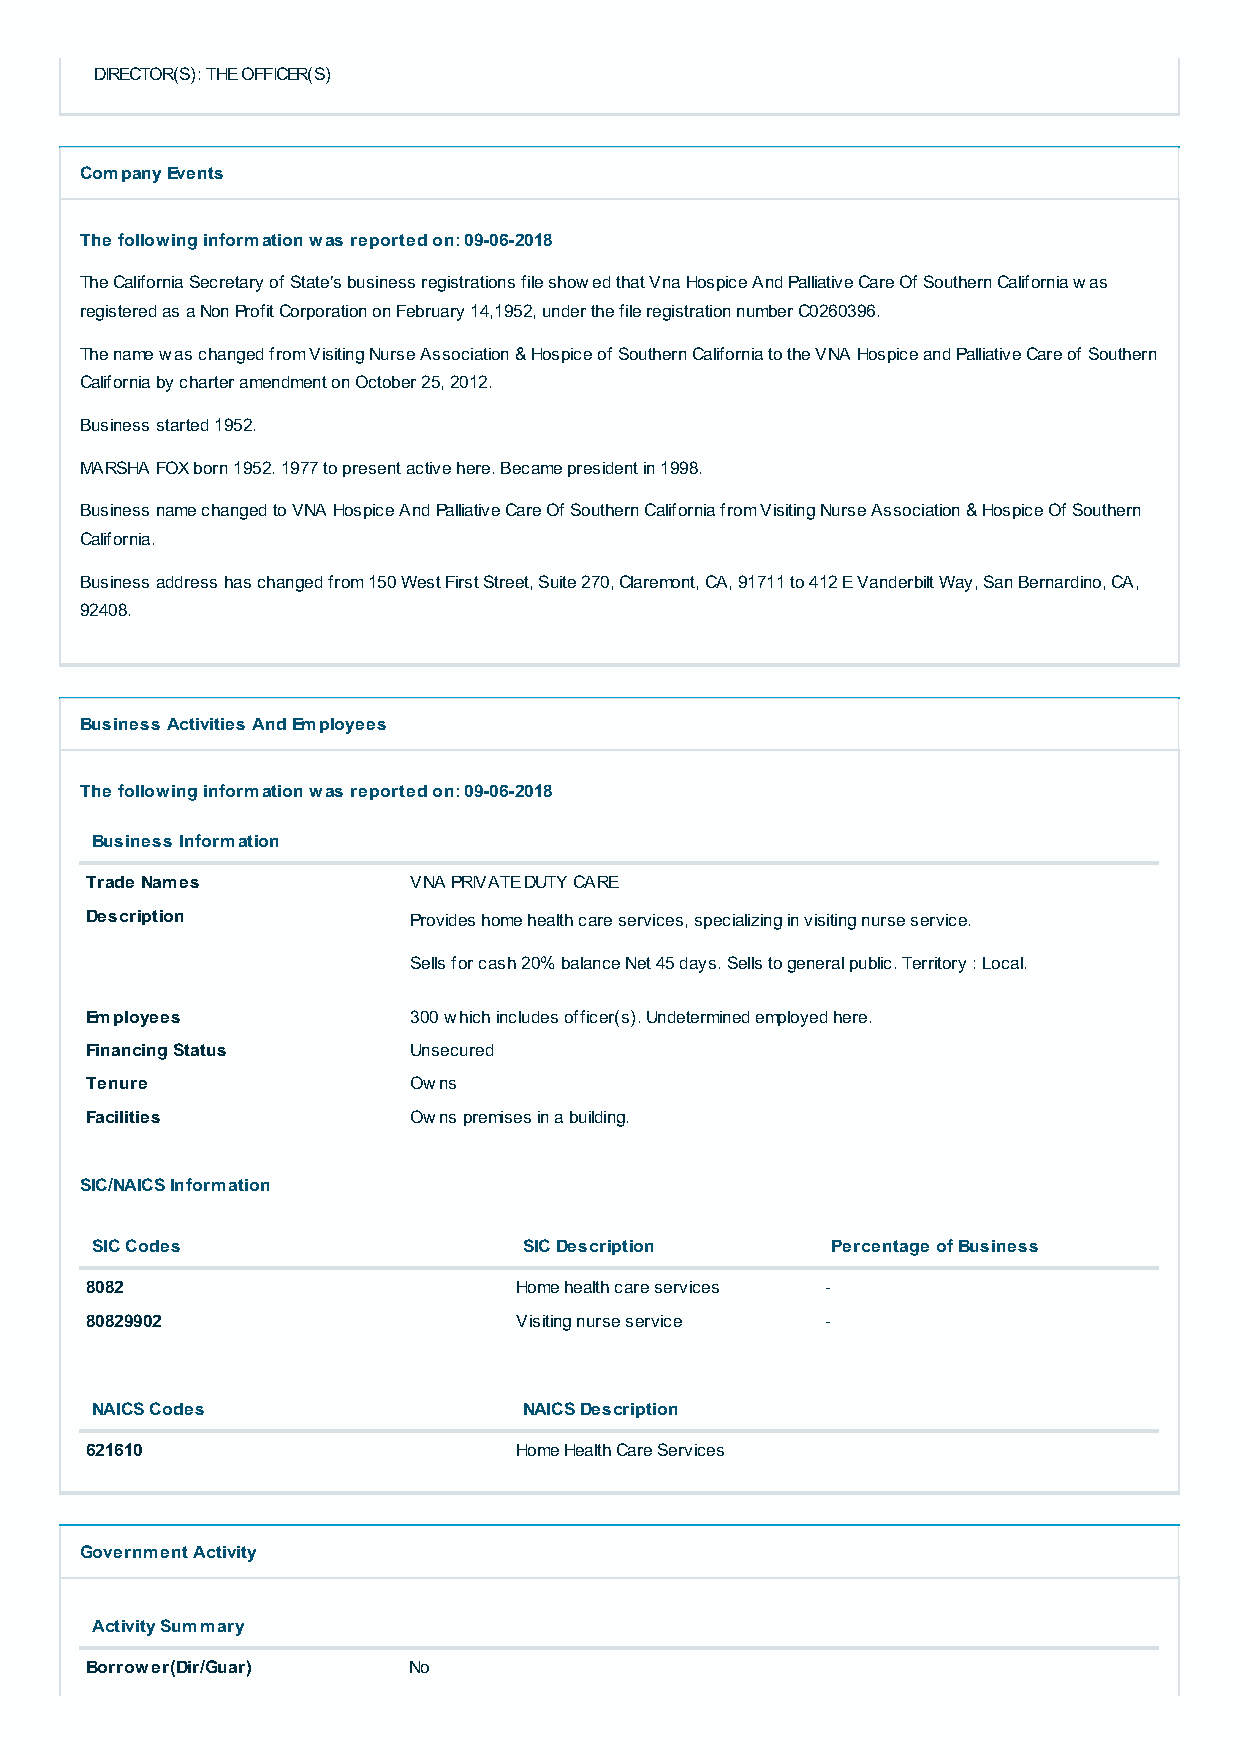
DIRECTOR(S): THE OFFICER(S)
 Company Events
 The following information was reported on: 09-06-2018
 The California Secretary of State's business registrations file showed that Vna Hospice And Palliative Care Of Southern California was
 registered as a Non Profit Corporation on February 14,1952, under the file registration number C0260396.
 The name was changed from Visiting Nurse Association & Hospice of Southern California to the VNA Hospice and Palliative Care of Southern
 California by charter amendment on October 25, 2012.
 Business started 1952.
 MARSHA FOX born 1952. 1977 to present active here. Became president in 1998.
 Business name changed to VNA Hospice And Palliative Care Of Southern California from Visiting Nurse Association & Hospice Of Southern
 California.
 Business address has changed from 150 West First Street, Suite 270, Claremont, CA, 91711 to 412 E Vanderbilt Way, San Bernardino, CA,
 92408.
 Business Activities And Employees
 The following information was reported on: 09-06-2018
 Business Information                                               
 Trade Names          VNA PRIVATE DUTY CARE
 Description          Provides home health care services, specializing in visiting nurse service.
 Sells for cash 20% balance Net 45 days. Sells to general public. Territory : Local.
 Employees            300 which includes officer(s). Undetermined employed here.
 Financing Status     Unsecured
 Tenure               Owns
 Facilities           Owns premises in a building.
 SIC/NAICS Information
 SIC Codes                   SIC Description   Percentage of Business 
 8082                        Home health care services -
 80829902                    Visiting nurse service -
 NAICS Codes                 NAICS Description                      
 621610                      Home Health Care Services
 Government Activity
 Activity Summary                                                     
 Borrower(Dir/Guar)   No